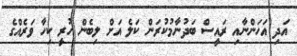
އަދި އަހަންނާއި ރައީސް ބަދުނާމުކުރަން ކަލެ އަށް ލިބެން ހުރީ ކިހާ ވަރެއްގެ